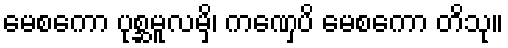
မေစကော ပုစ္ဆမူလမှိ၊ ကဏှေပိ မေစကော တိသု။